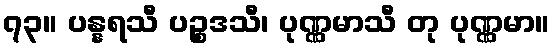
၇၃။ ပန္နရသီ ပဉ္စဒသီ၊ ပုဏ္ဏမာသီ တု ပုဏ္ဏမာ။